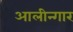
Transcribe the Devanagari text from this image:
आलीन्गार